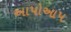
અાપોઆપ